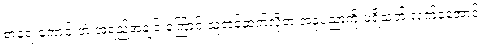
စာရေးကောင်းတဲ့ အရည်အချင်းကြောင့် သူတင်ဆက်လိုတဲ့ အနုပညာကို ပရိသတ် လက်ခံအောင်